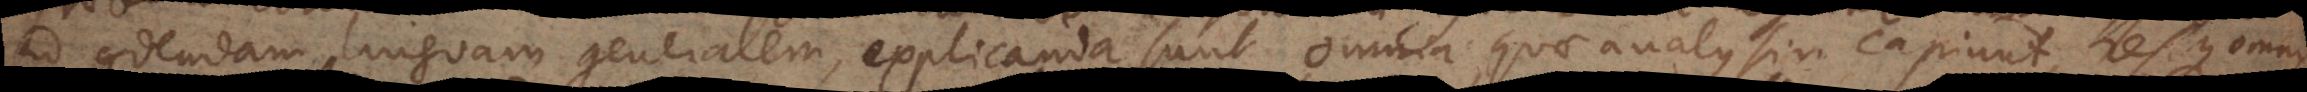
ad condendam linguam generalem, explicanda sunt omnia quae analysin capiunt, resque omnis